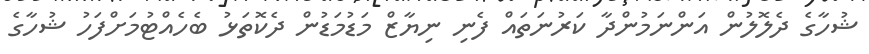
ޝުހާގެ ދެލޮލުން އަންނަމުންދާ ކަރުނަތައް ފެނި ނިޔާޒް މަޑުމަޑުން ދެކޮތަޅު ބެހެއްޓުމަށްފަހު ޝުހާގެ